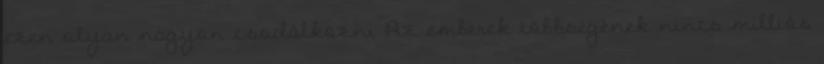
ezen olyan nagyon csodálkozni Az emberek többségének nincs milliós